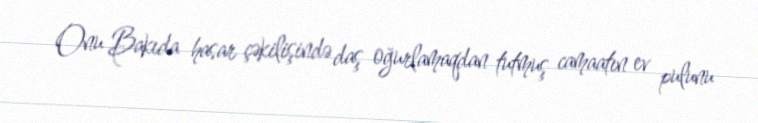
Onu Bakıda hasar çəkilişində daş oğurlamaqdan tutmuş camaatın ev pulunu